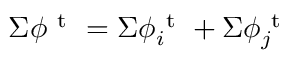
\Sigma \phi ^ { \mathrm { ~ t ~ } } = \Sigma \phi _ { i } ^ { \mathrm { ~ t ~ } } + \Sigma \phi _ { j } ^ { \mathrm { ~ t ~ } }